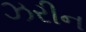
ઝરીન